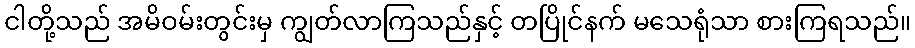
ငါတို့သည် အမိဝမ်းတွင်းမှ ကျွတ်လာကြသည်နှင့် တပြိုင်နက် မသေရုံသာ စားကြရသည်။